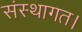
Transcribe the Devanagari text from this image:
संस्थागत।